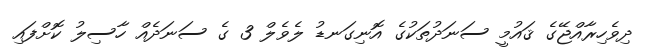
ދިވެހިރާއްޖޭގެ ޤައުމީ ސަނަދުތަކުގެ އޮނިގަނޑު ލެވެލް 3 ގެ ސަނަދެއް ހާސިލު ކޮށްފައި